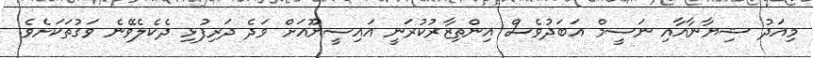
މިއަދު ޝިޔާނާއާއި ނަސީމް އަބަދުވެސް އިންތިޒާރުކުރަނީ އައިސީޔޫއަށް ވަދެ ދަރިފުޅި ދެކެލެވޭނެ ވަގުތަކަށެވެ.